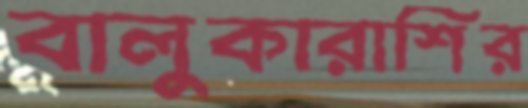
বালুকারাশির